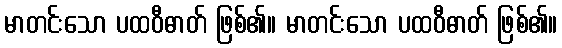
မာတင်းသော ပထဝီဓာတ် ဖြစ်၏။ မာတင်းသော ပထဝီဓာတ် ဖြစ်၏။